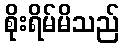
စိုးရိမ်မိသည်